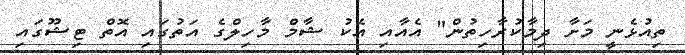
ތިއުޅެނީ މަށާ ދިމާކުރާހިތުން" އެއާއި އެކު ޝާމް މާހިލްގެ އަތުގައި އޮތް ޓިޝޫގައި